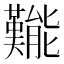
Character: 㔮